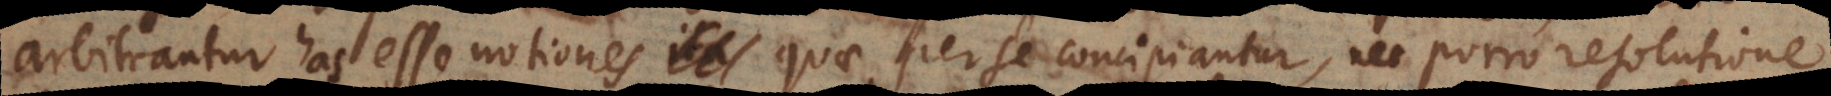
arbitrantur has esse notiones quae per se concipiantur, nec porro resolutione